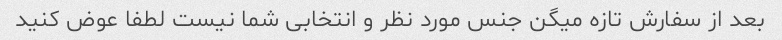
بعد از سفارش تازه میگن جنس مورد نظر و انتخابی شما نیست لطفا عوض کنید